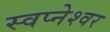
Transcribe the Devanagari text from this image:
स्वप्नेश्वर